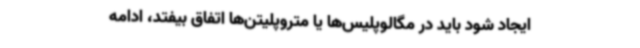
ایجاد شود باید در مگالوپلیس‌ها یا متروپلیتن‌ها اتفاق بیفتد، ادامه